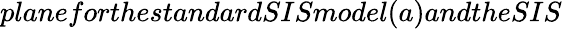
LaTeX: planeforthestandardSISmodel(a)andtheSIS